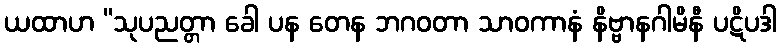
ယထာဟ “သုပညတ္တာ ခေါ ပန တေန ဘဂဝတာ သာဝကာနံ နိဗ္ဗာနဂါမိနီ ပဋိပဒါ